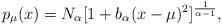
LaTeX: \begin{align*}p_\mu (x) = N_\alpha [1 +{b}_\alpha (x-\mu)^2]^{\frac{1}{\alpha -1}},\end{align*}